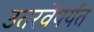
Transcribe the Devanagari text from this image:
उतरवेपर्यंत